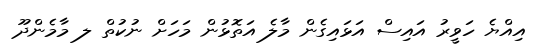
އިއްޔެ ހަވީރު އައިސް އަޅައިގެން މާލެ އަތޮޅުން މަހަށް ނުކުތް ލ މާމެންދޫ